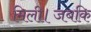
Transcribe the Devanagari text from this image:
मिली।जबकि